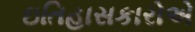
ઇતિહાસકારોએ